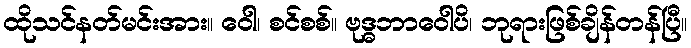
ထိုသင်နတ်မင်းအား။ ဝေါ၊ စင်စစ်။ ဗုဒ္ဓဘာဝေါပိ၊ ဘုရားဖြစ်ချိန်တန်ပြီ။